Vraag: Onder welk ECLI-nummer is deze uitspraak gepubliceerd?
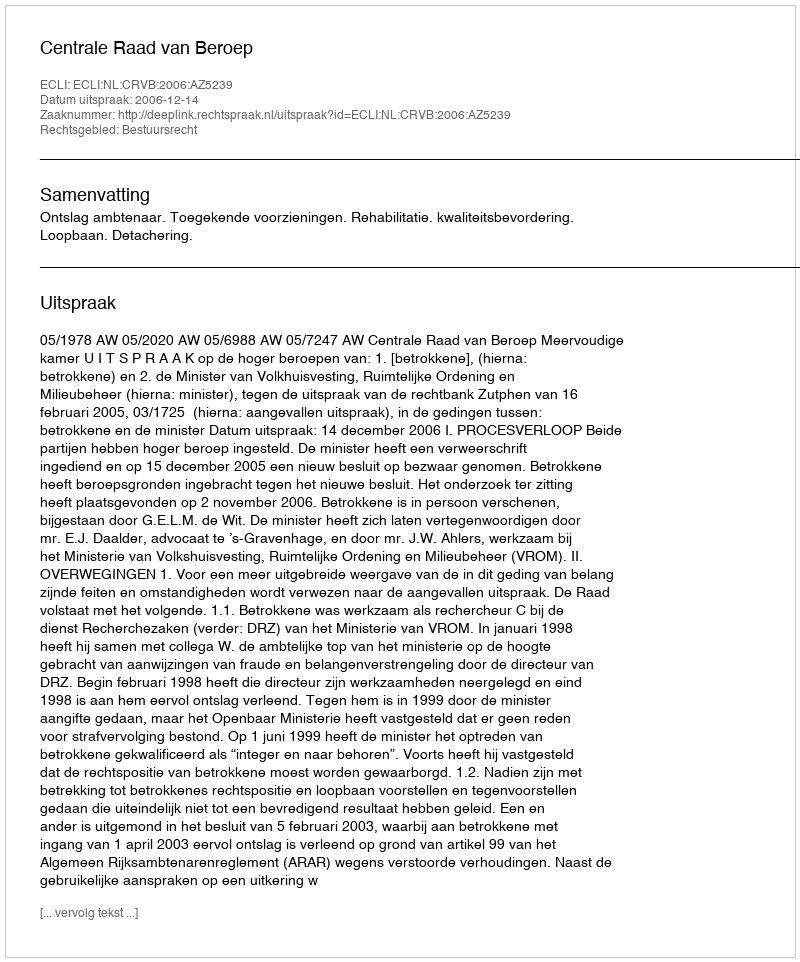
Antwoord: ECLI:NL:CRVB:2006:AZ5239